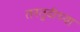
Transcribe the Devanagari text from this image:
तरतुदीच्या